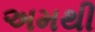
અમથી